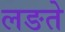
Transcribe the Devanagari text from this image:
लङते